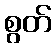
စွတ်